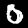
Label: 0